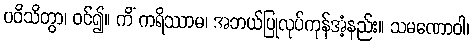
ပဝိသိတွာ၊ ဝင်၍။ ကိံ ကရိဿာမ၊ အဘယ်ပြုလုပ်ကုန်အံ့နည်း။ သမဏောဝါ၊